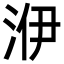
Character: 洢